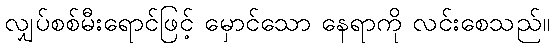
လျှပ်စစ်မီးရောင်ဖြင့် မှောင်သော နေရာကို လင်းစေသည်။